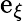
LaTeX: \mathrm{e}_{\xi}